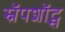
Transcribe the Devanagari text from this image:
स्नॅपशॉट्स